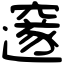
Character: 邃